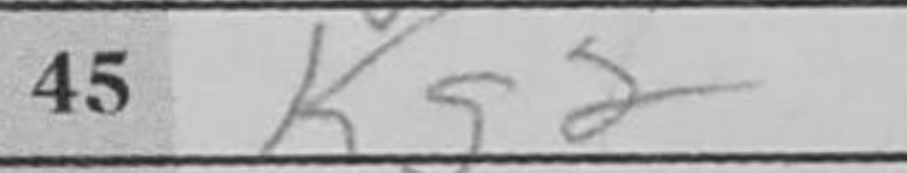
Transcription: Kg2